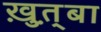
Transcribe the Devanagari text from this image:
ख़ुत़्बा